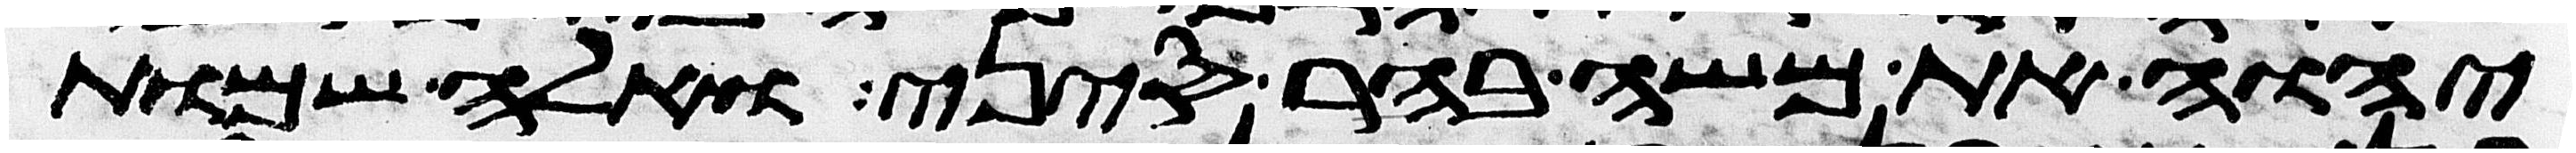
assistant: יהוה את משה בהר סיני ואלה שמות